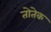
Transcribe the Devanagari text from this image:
तोतेक